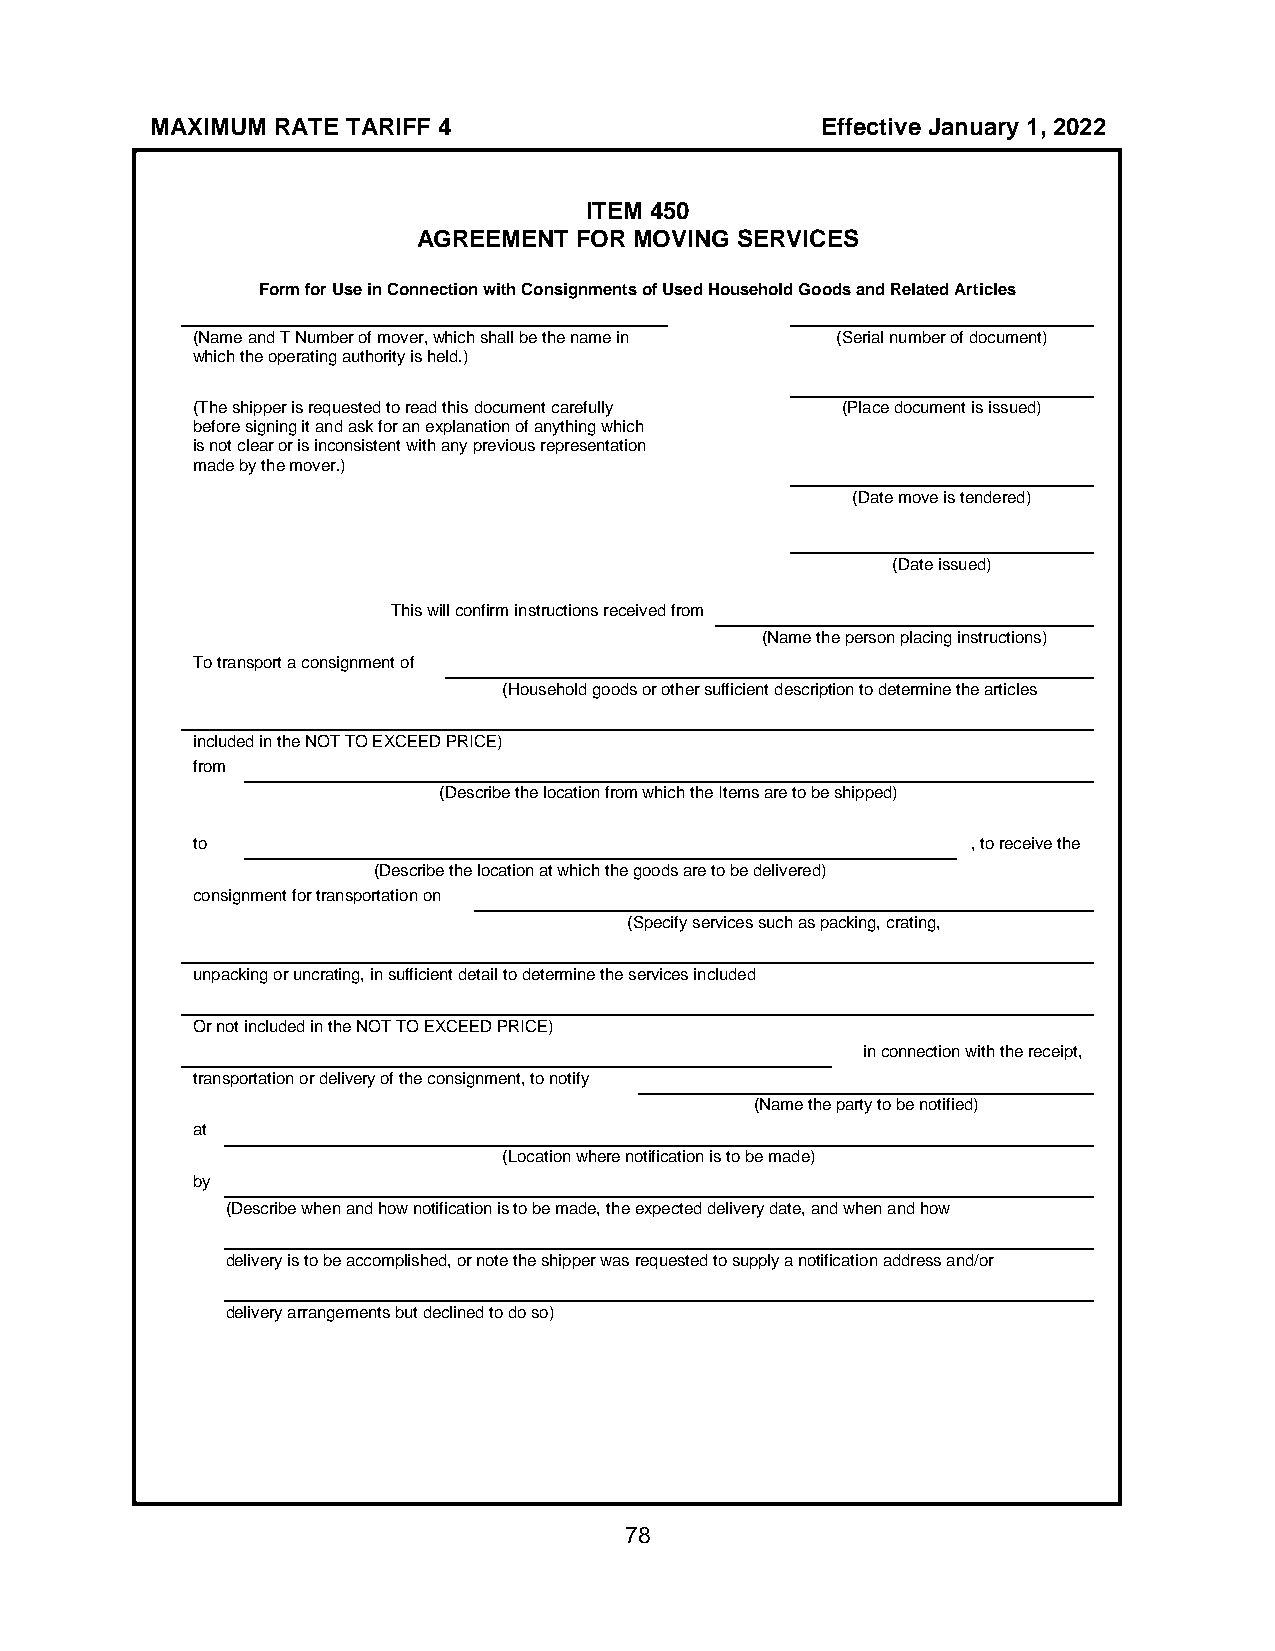
MAXIMUM RATE TARIFF 4                       Effective January 1, 2022
 ITEM 450
 AGREEMENT FOR MOVING SERVICES
 Form for Use in Connection with Consignments of Used Household Goods and Related Articles
 (Name and T Number of mover, which shall be the name in (Serial number of document)
 which the operating authority is held.)
 (The shipper is requested to read this document carefully (Place document is issued)
 before signing it and ask for an explanation of anything which
 is not clear or is inconsistent with any previous representation
 made by the mover.)
 (Date move is tendered)
 (Date issued)
 This will confirm instructions received from
 (Name the person placing instructions)
 To transport a consignment of
 (Household goods or other sufficient description to determine the articles
 included in the NOT TO EXCEED PRICE)
 from
 (Describe the location from which the Items are to be shipped)
 to                                                 , to receive the
 (Describe the location at which the goods are to be delivered)
 consignment for transportation on
 (Specify services such as packing, crating,
 unpacking or uncrating, in sufficient detail to determine the services included
 Or not included in the NOT TO EXCEED PRICE)
 in connection with the receipt,
 transportation or delivery of the consignment, to notify
 (Name the party to be notified)
 at
 (Location where notification is to be made)
 by
 (Describe when and how notification is to be made, the expected delivery date, and when and how
 delivery is to be accomplished, or note the shipper was requested to supply a notification address and/or
 delivery arrangements but declined to do so)
 78